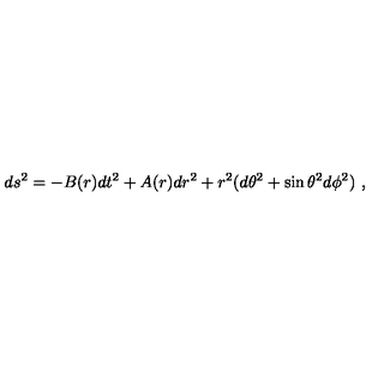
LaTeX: d s ^ { 2 } = - B ( r ) d t ^ { 2 } + A ( r ) d r ^ { 2 } + r ^ { 2 } ( d \theta ^ { 2 } + \sin \theta ^ { 2 } d \phi ^ { 2 } ) \ ,